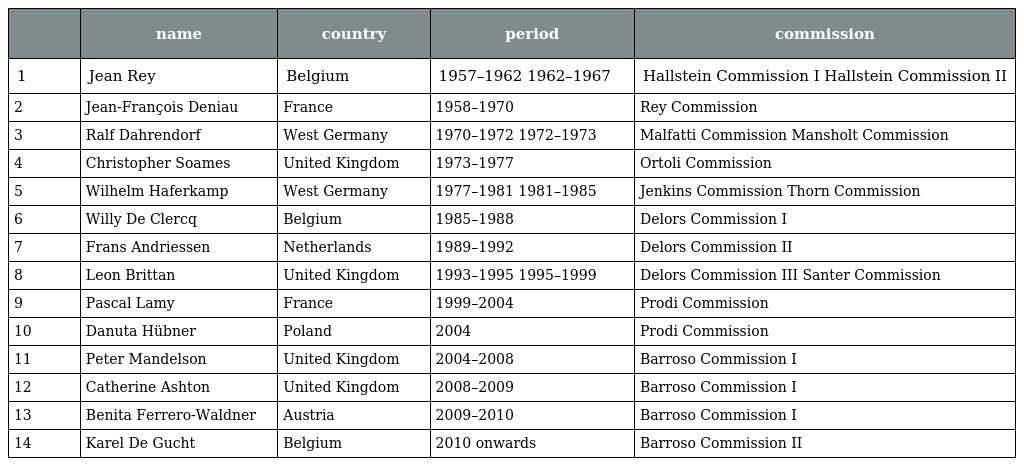
|  | name | country | period | commission |
 | --- | --- | --- | --- | --- |
 | 1 | Jean Rey | Belgium | 1957–1962 1962–1967 | Hallstein Commission I Hallstein Commission II |
 | 2 | Jean-François Deniau | France | 1958–1970 | Rey Commission |
 | 3 | Ralf Dahrendorf | West Germany | 1970–1972 1972–1973 | Malfatti Commission Mansholt Commission |
 | 4 | Christopher Soames | United Kingdom | 1973–1977 | Ortoli Commission |
 | 5 | Wilhelm Haferkamp | West Germany | 1977–1981 1981–1985 | Jenkins Commission Thorn Commission |
 | 6 | Willy De Clercq | Belgium | 1985–1988 | Delors Commission I |
 | 7 | Frans Andriessen | Netherlands | 1989–1992 | Delors Commission II |
 | 8 | Leon Brittan | United Kingdom | 1993–1995 1995–1999 | Delors Commission III Santer Commission |
 | 9 | Pascal Lamy | France | 1999–2004 | Prodi Commission |
 | 10 | Danuta Hübner | Poland | 2004 | Prodi Commission |
 | 11 | Peter Mandelson | United Kingdom | 2004–2008 | Barroso Commission I |
 | 12 | Catherine Ashton | United Kingdom | 2008–2009 | Barroso Commission I |
 | 13 | Benita Ferrero-Waldner | Austria | 2009–2010 | Barroso Commission I |
 | 14 | Karel De Gucht | Belgium | 2010 onwards | Barroso Commission II |